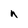
Character: n